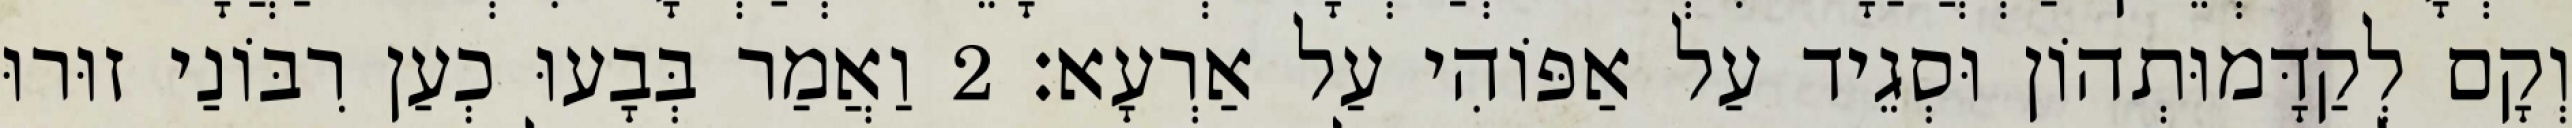
וְקָם לְקַדָּמוּתְהוֹן וּסְגֵיד עַל אַפּוֹהִי עַל אַרְעָא׃ 2 וַאֲמַר בְּבָעוּ כְעַן רִבּוֹנַי זוּרוּ